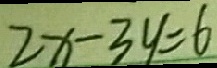
2 x - 3 y = 6